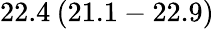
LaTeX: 22.4\: (21.1-22.9)